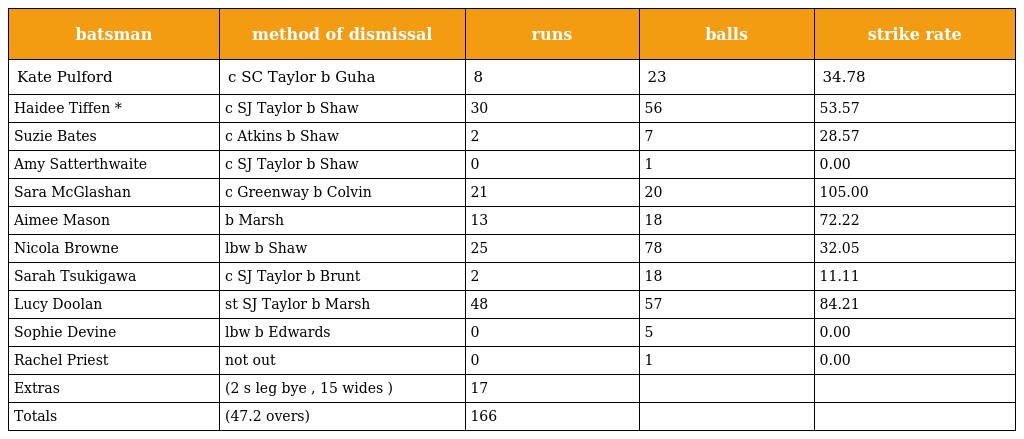
| batsman | method of dismissal | runs | balls | strike rate |
 | --- | --- | --- | --- | --- |
 | Kate Pulford | c SC Taylor b Guha | 8 | 23 | 34.78 |
 | Haidee Tiffen * | c SJ Taylor b Shaw | 30 | 56 | 53.57 |
 | Suzie Bates | c Atkins b Shaw | 2 | 7 | 28.57 |
 | Amy Satterthwaite | c SJ Taylor b Shaw | 0 | 1 | 0.00 |
 | Sara McGlashan | c Greenway b Colvin | 21 | 20 | 105.00 |
 | Aimee Mason | b Marsh | 13 | 18 | 72.22 |
 | Nicola Browne | lbw b Shaw | 25 | 78 | 32.05 |
 | Sarah Tsukigawa | c SJ Taylor b Brunt | 2 | 18 | 11.11 |
 | Lucy Doolan | st SJ Taylor b Marsh | 48 | 57 | 84.21 |
 | Sophie Devine | lbw b Edwards | 0 | 5 | 0.00 |
 | Rachel Priest | not out | 0 | 1 | 0.00 |
 | Extras | (2 s leg bye , 15 wides ) | 17 |  |  |
 | Totals | (47.2 overs) | 166 |  |  |